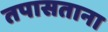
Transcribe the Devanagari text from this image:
तपासताना